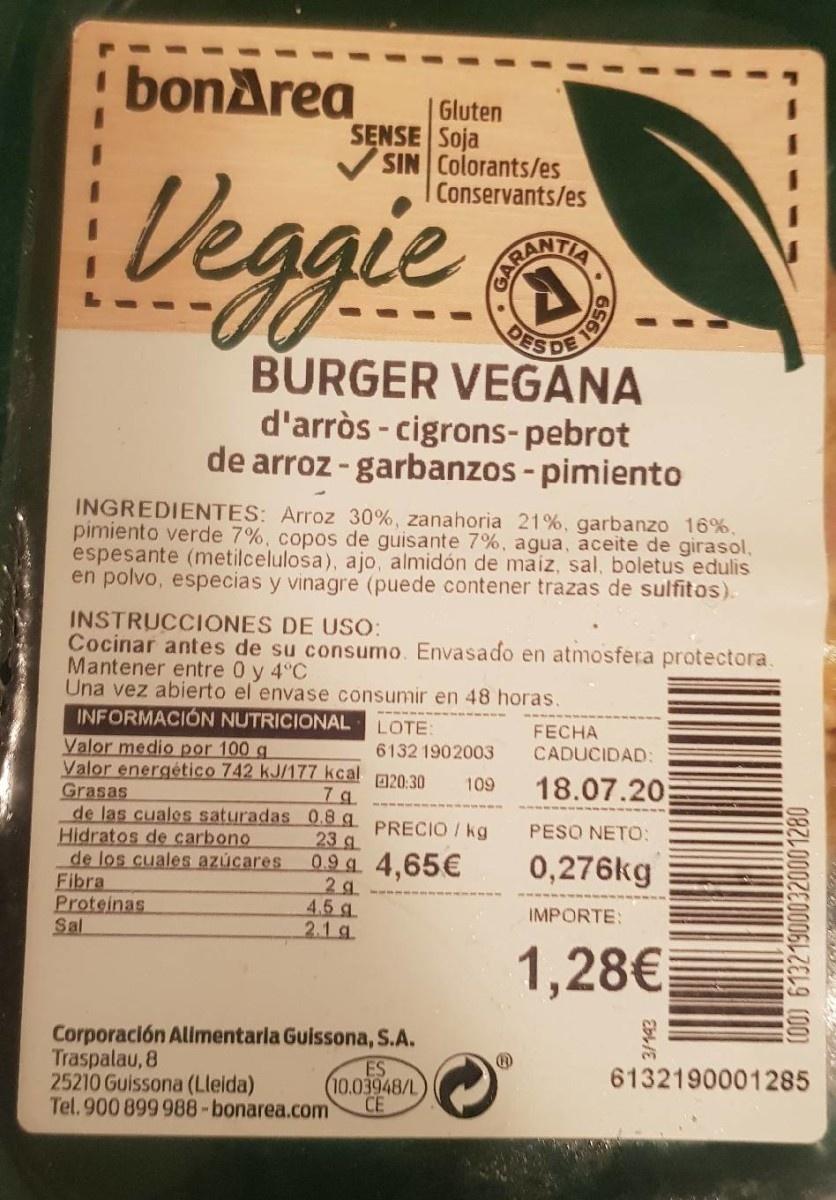
bonArea
Gluten SENSE Soja SIN Colorants/es Conservants/es
Veggie
BURGER VEGANA d'arròs - cigrons- pebrot de arroz - garbanzos - pimiento
INGREDIENTES: Arroz 30%, zanahoria 21%, garbanzo 16%, pimiento verde 7%, copos de guisante 7%, agua, aceite de girasol, espesante (metilcelulosa), ajo, almidón de maiz, sal, boletus edulis en polvo, especias y vinagre (puede contener trazas de sulfitos).
INSTRUCCIONES DE USO: Cocinar antes de su consumo. Envasado en atmosfera protectora. Mantener entre 0 y 4°C Una vez abierto el envase consumir en 48 horas. INFORMACION NUTRICIONAL
LOTE
FECHA CADUCIDAD:
Valor medio por 100 g Valor energético 742 kJ/177 kcal Grasas de las cuales saturadas 0.8 g Hidratos de carbono de los cuales azúcares Fibra Proteinas Sal
6132 1902003
020:30
18.07.20
109
7 g
PRECIO / kg
PESO NETO:
23 g 0.9 g 4,65€ 2 g 4.5 g. 2.1 g
0,276kg
IMPORTE:
1,28€
Traspalau, 8 25210 Guissona (Lleida)
Corporación Allimentaria Guissona, S.A. ES 10.03948/L CE
6132190001285
Tel. 900 899 988-bonarea.com
IA
8561
3/143
(O0) 61321900032000 1280